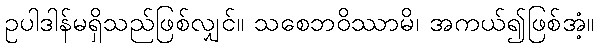
ဥပါဒါန်မရှိသည်ဖြစ်လျှင်။ သစေဘဝိဿာမိ၊ အကယ်၍ဖြစ်အံ့။